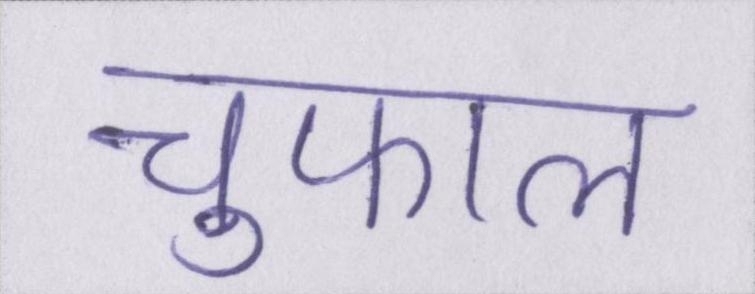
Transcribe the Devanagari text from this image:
चुफाल